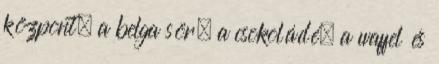
központ, a belga sör, a csokoládé, a waffel és